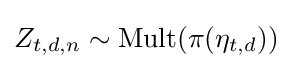
Z_{t,d,n}\sim {\textrm {Mult}}(\pi (\eta _{t,d}))